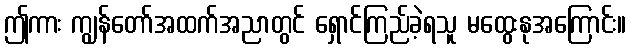
ဤကား ကျွန်တော်အထက်အညာတွင် ရှောင်ကြည်ခဲ့ရသူ မထွေးနုအကြောင်း။